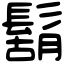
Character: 鬍